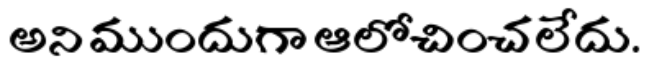
అని ముందుగా ఆలోచించలేదు.